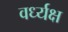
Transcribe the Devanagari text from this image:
वर्ध्यक्ष